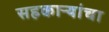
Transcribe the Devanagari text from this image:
सहकाऱ्यांचा